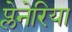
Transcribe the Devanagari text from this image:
प्लेनेरिया